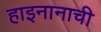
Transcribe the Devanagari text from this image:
हाइनानाची